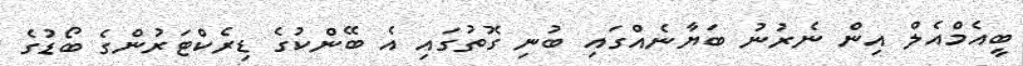
ބީއެމްއެލް އިން ނެރުނު ބަޔާނެއްގައި ބުނި ގޮތުގައި އެ ބޭންކުގެ ޑިރެކްޓަރުންގެ ބޯޑުގެ